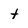
Character: t